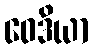
ဝေဒိယာ